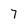
Character: 7